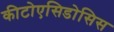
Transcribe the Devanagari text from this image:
कीटोएसिडोसिस